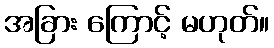
အခြား ကြောင့် မဟုတ်။